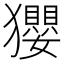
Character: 𤣎